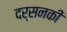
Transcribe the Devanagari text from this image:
दर्सनकी